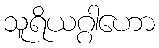
သူရိယဂ္ဂါဟော